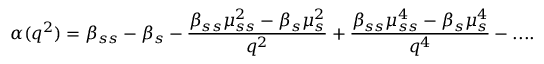
\alpha ( q ^ { 2 } ) = \beta _ { s s } - \beta _ { s } - \frac { \beta _ { s s } \mu _ { s s } ^ { 2 } - \beta _ { s } \mu _ { s } ^ { 2 } } { q ^ { 2 } } + \frac { \beta _ { s s } \mu _ { s s } ^ { 4 } - \beta _ { s } \mu _ { s } ^ { 4 } } { q ^ { 4 } } - . . . .